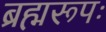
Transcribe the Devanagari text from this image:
ब्रह्मरूपः